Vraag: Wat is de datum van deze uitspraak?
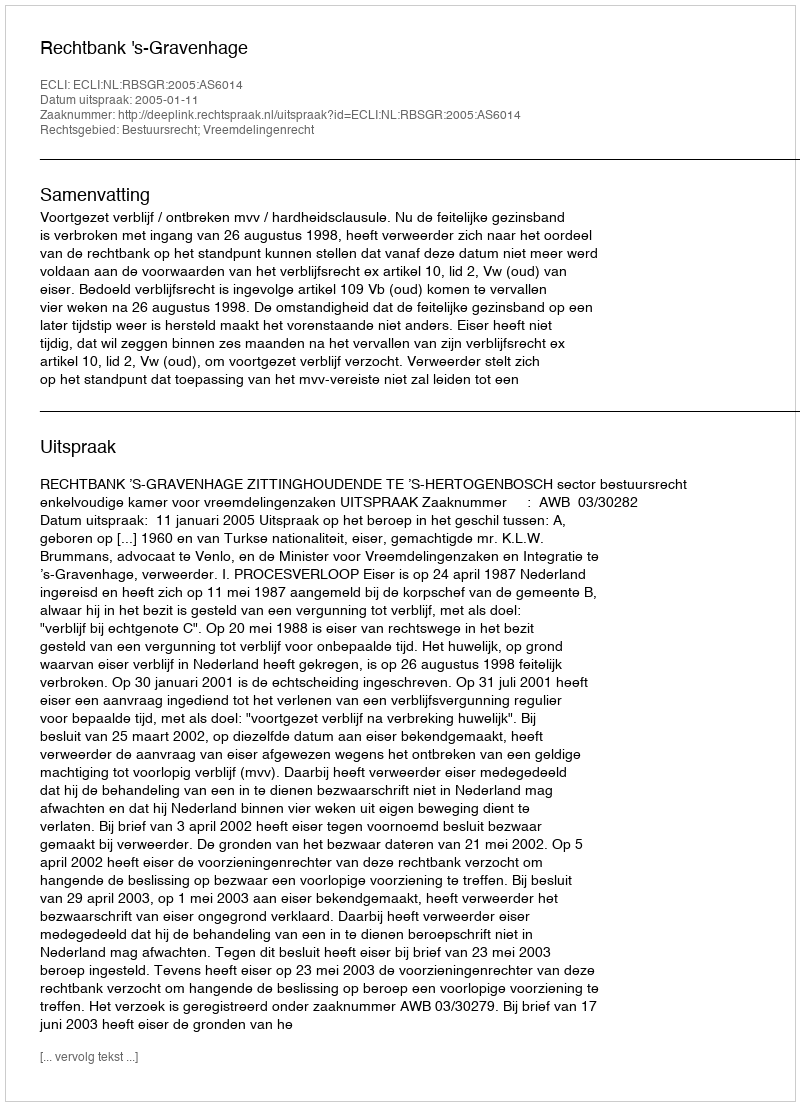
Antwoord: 2005-01-11